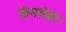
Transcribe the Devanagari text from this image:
किमतोंकी